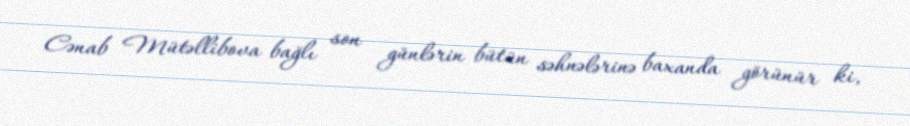
Cənab Mütəllibova bağlı son günlərin bütün səhnələrinə baxanda görünür ki,